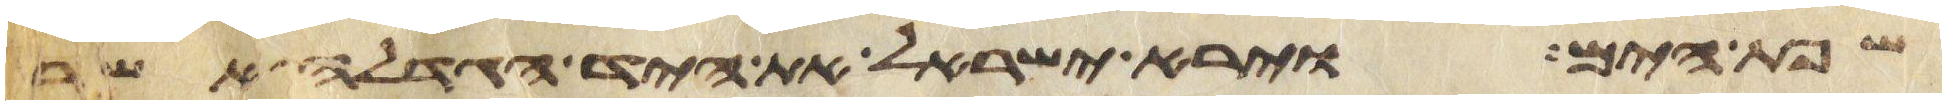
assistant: שפת הים וירא ישראל את היד הגדלה אשר